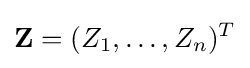
\mathbf {Z} =(Z_{1},\ldots ,Z_{n})^{T}